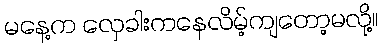
မနေ့က လှေခါးကနေလိမ့်ကျတော့မလို့။